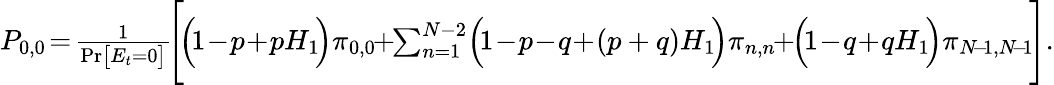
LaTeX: \begin{array}{r}{P_{0,0}\! =\! \frac{1}{\mathrm{Pr}\big[E_{t}=0\big]}\! \Bigg[\! \Big(\! 1\! -\! p\! +\! p{H}_{1}\! \Big)\pi_{0,0}\! \! +\! \! \sum_{n=1}^{N-2}\! \Big(\! 1\! -\! p\! -\! q\! +\! (p+q){H}_{1}\! \Big)\pi_{n,n}\! \! +\! \! \Big(\! 1\! -\! q\! +\! q{H}_{1}\! \Big)\pi_{N\! -\! 1,N\! -\! 1}\! \Bigg].}\end{array}